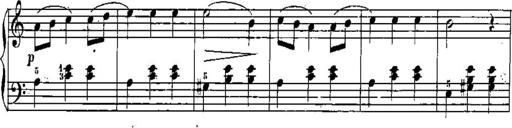
Title: Trois sonatines
Composer: Maurice Emmanuel